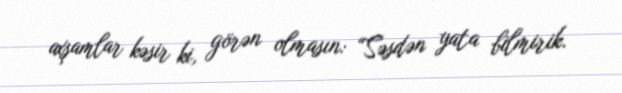
axşamlar kəsir ki, görən olmasın: “Səsdən yata bilmirik.